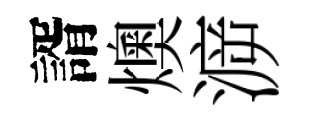
諝燠㴑